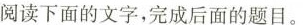
阅读下面的文字,完成后面的题目。